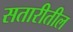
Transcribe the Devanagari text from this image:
सतारीतील